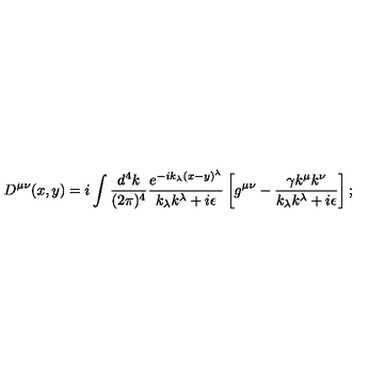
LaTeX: D ^ { \mu \nu } ( x , y ) = i \int \frac { d ^ { 4 } k } { ( 2 \pi ) ^ { 4 } } \frac { e ^ { - i k _ { \lambda } ( x - y ) ^ { \lambda } } } { k _ { \lambda } k ^ { \lambda } + i \epsilon } \left[ g ^ { \mu \nu } - \frac { \gamma k ^ { \mu } k ^ { \nu } } { k _ { \lambda } k ^ { \lambda } + i \epsilon } \right] ;